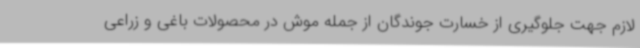
لازم جهت جلوگیری از خسارت جوندگان از جمله موش در محصولات باغی و زراعی